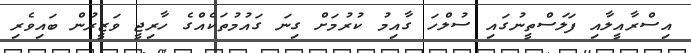
އިސްރާއީލާއި ފަލަސްތީނުގައި ސުލްހަ ގާއިމު ކުރުމަށް ގިނަ ގައުމުތަކެއްގެ ހާރިޖީ ވަޒީރުން ބައިވެރި